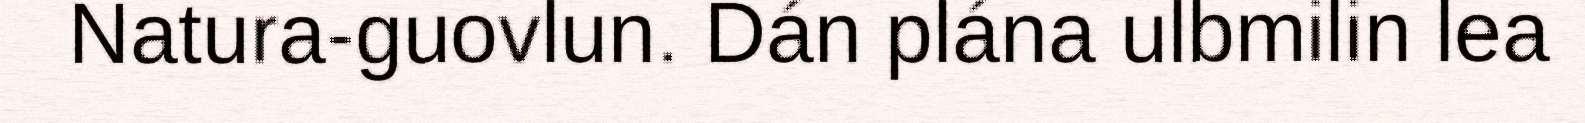
Natura-guovlun. Dán plána ulbmilin lea